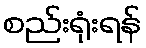
စည်းရုံးရန်